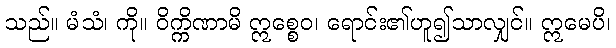
သည်။ မံသံ၊ ကို။ ဝိက္ကိဏာမိ ဣစ္စေဝ၊ ရောင်း၏ဟူ၍သာလျှင်။ ဣမေပိ၊